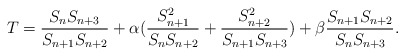
\begin{align*} T=\frac{S_{n}S_{n+3}}{S_{n+1}S_{n+2}}+\alpha(\frac{S_{n+1}^2}{S_{n}S_{n+2}}+\frac{S_{n+2}^2}{S_{n+1}S_{n+3}})+\beta\frac{S_{n+1}S_{n+2}}{S_{n}S_{n+3}}. \end{align*}